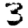
Digit: 3